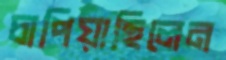
চাপিয়াছিলেন